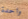
واحدة